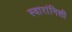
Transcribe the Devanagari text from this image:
स्वारांनिशी